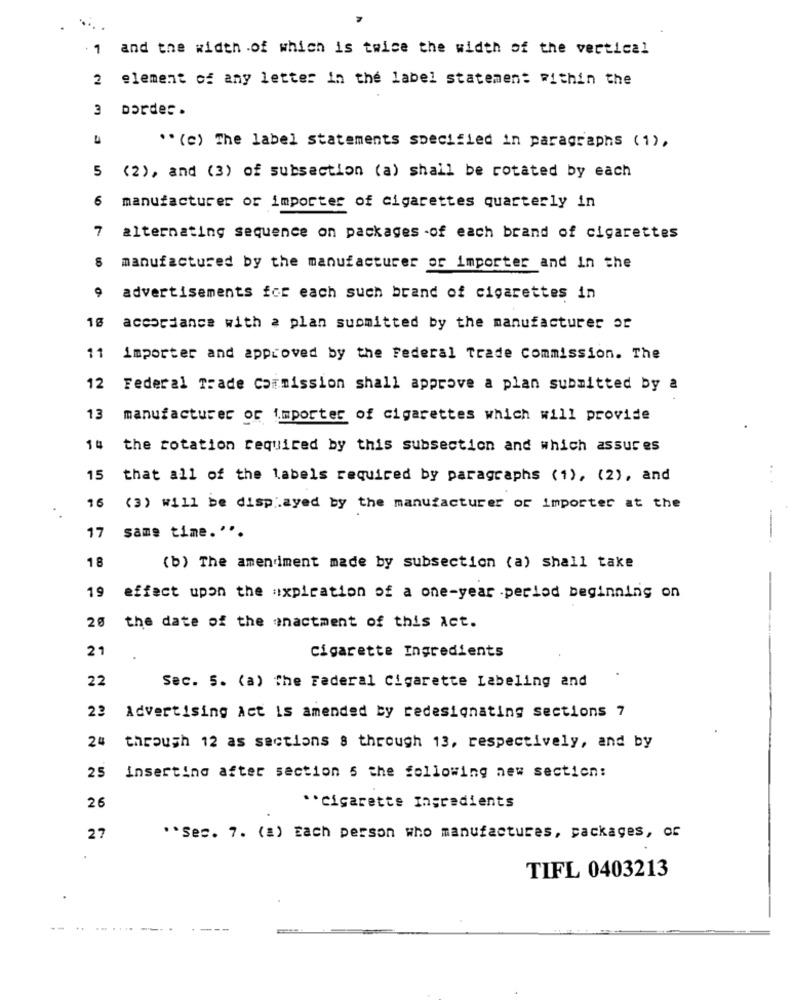
. 1 and the width of which is twice the width of the vertical
2 element of any letter in the label statement within the
3
Dardes .
** (c) The label statements specified in paragraphs (1) ,
5
(2), and (3) of subsection (a) shall be rotated by each
6
manufacturer or importer of cigarettes quarterly in
alternating sequence on packages -of each brand of cigarettes
8
manufactured by the manufacturer or importer and In the
9
advertisements for each such brand of cigarettes in
accordance with a plan suomitted by the manufacturer of
11 importer and approved by the Federal Trade Commission. The
12
Federal Trade Commission shall approve a plan submitted by a
13
manufacturer or importer of cigarettes which will provide
14
the rotation required by this subsection and which assures
15
that all of the labels required by paragraphs (1), (2), and
16
(3) will be displayed by the manufacturer of importer at the
17
same time. " ..
18
(b) The amendment made by subsection (a) shall take
19
effect upon the expiration of a one-year period beginning on
20
the date of the enactment of this Act.
21
Cigarette Ingredients
22
Sec. 5. (a) The Federal Cigarette Labeling and
23
Advertising Act is amended by redesignating sections 7
24
through 12 as sections s through 13, respectively, and by
25
inserting after section 5 the following new section:
26
** cigarette Ingredients
27
** Sec. 7. (a) Each person who manufactures, packages, or
TIFL 0403213
---